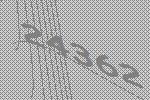
24362